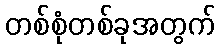
တစ်စုံတစ်ခုအတွက်